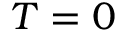
T = 0